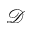
\mathcal { D }